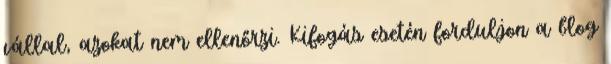
vállal, azokat nem ellenőrzi. Kifogás esetén forduljon a blog